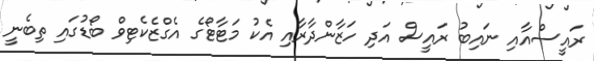
ރައީސްއާއި ނައިބު ރައީސް އަދި ހަޒާންދާރާއި އެކު މަޓާޓޯގެ އެގްޒެކެޓިވް ބޯޑުގައި ތިބެނީ